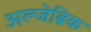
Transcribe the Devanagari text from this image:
अल्जेब्रिक